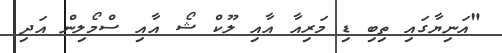
"އަނިޔާގައި ތިބި ޑި މަރިއާ އާއި ލޫކް ޝޯ އާއި ސްމޯލިން އަދި